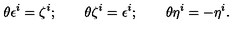
\theta \epsilon ^ { i } = \zeta ^ { i } ; \qquad \theta \zeta ^ { i } = \epsilon ^ { i } ; \qquad \theta \eta ^ { i } = - \eta ^ { i } .